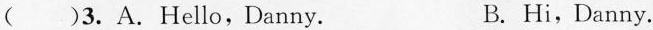
( )3.A.Hello,Danny. B. Hi,Danny.